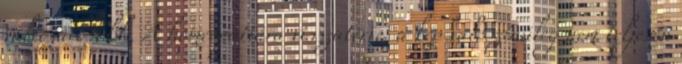
változatosabb. A homeopátiára visszatérve, a kép valószínűleg nem teljesen